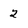
Character: 2